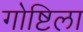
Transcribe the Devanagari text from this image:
गोष्टिला